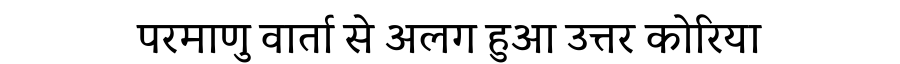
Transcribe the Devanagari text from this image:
परमाणु वार्ता से अलग हुआ उत्तर कोरिया